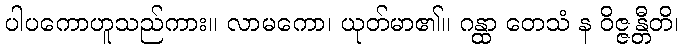
ပါပကောဟူသည်ကား။ လာမကော၊ ယုတ်မာ၏။ ဂန္ထာ တေသံ န ဝိဇ္ဇန္တီတိ၊